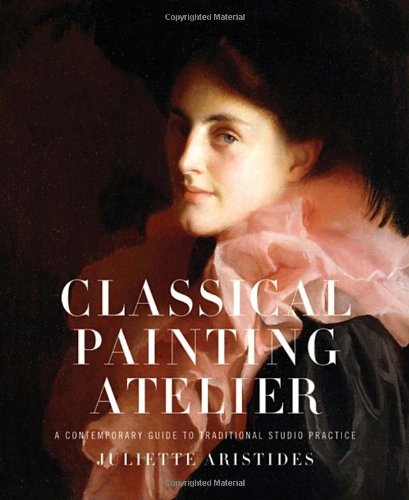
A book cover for Classical Painting Atelier: A Contemporary Guide to Traditional Studio Practice; Juliette Aristides; Arts & Photography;